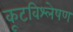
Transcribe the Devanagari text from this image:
कूटविश्लेषण